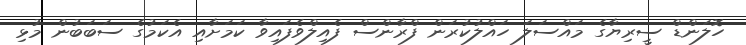
ހޮލަންޑް ސީރިޔާގެ މައްސަލަ ހައްލުކުރަން ފްރާންސް ފެއިލްވެފައިވާ ކަމަށާއި އެކަމުގެ ސަބަބުން މުޅި